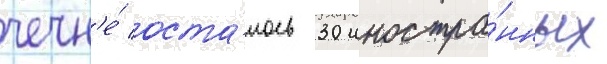
чечн'е́ оста́лось 30 иностра́нных